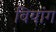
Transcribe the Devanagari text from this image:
वियांग